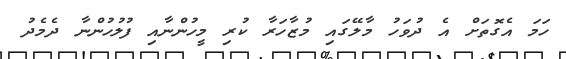
ހަމަ އެގޮތަށް އެ ދުވަހު މާލޭގައި މުޒާހަރާ ކުރި މީހުންނާއި ފުލުހުންނާ ދެމެދު